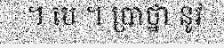
។ បេ ។ ប្រាថ្នា នូវ